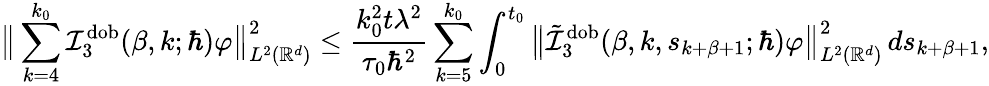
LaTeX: \big\lVert\sum_{k=4}^{k_{0}}\mathcal{I}_{3}^{\mathrm{dob}}(\beta,k;\hbar)\varphi\big\rVert_{L^{2}(\mathbb{R}^{d})}^{2}\leq\frac{k_{0}^{2}t\lambda^{2}}{\tau_{0}\hbar^{2}}\sum_{k=5}^{k_{0}}\int_{0}^{t_{0}}\big\lVert\tilde{\mathcal{I}}_{3}^{\mathrm{dob}}(\beta,k,s_{k+\beta+1};\hbar)\varphi\big\rVert_{L^{2}(\mathbb{R}^{d})}^{2}\, ds_{k+\beta+1},